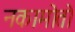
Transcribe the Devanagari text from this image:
नकामोतो